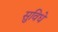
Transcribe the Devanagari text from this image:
सुविधे